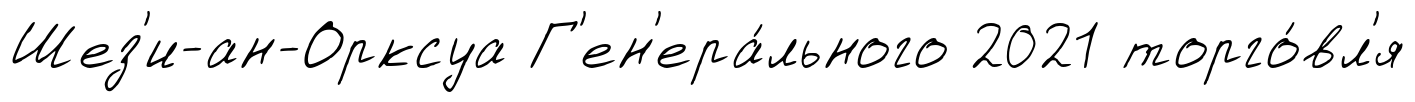
Шез'и-ан-Орксуа Г'ен'ера́льного 2021 торго́вл'я